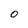
Character: 0